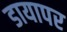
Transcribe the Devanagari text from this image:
डायापर